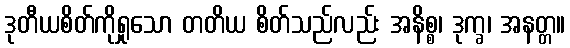
ဒုတီယစိတ်ကိုရှုသော တတိယ စိတ်သည်လည်း အနိစ္စ၊ ဒုက္ခ၊ အနတ္တ။